Insane asylums Bombay 1873-77 - 1873-1877
Year: 1873
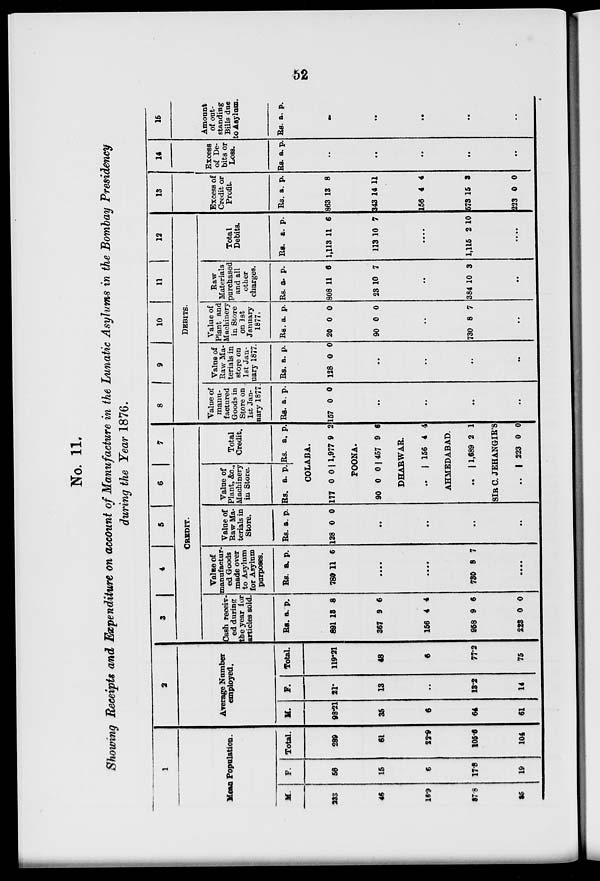
52
No. 11.
Showing Receipts and Expenditure on account of Manufacture in the Lunatic Asylums in the Bombay Presidency
during the Year 1876.
1
Mean Population.
M.
233
46
16.9
87.8
85
F.
56
15
6
17.8
19
Total.
289
61
22.9
105.6
104
2
Average Number
employed.
M.
98.21
35
6
64
61
F.
21
13
..
13.2
14
Total.
119.21
48
6
77.2
75
3
4
5
6
7
CREDIT.
Cash receiv-
ed during
the year for
articles sold.
Rs.
891
367
156
958
223
a.
13
9
4
9
0
p.
8
6
4
6
0
Value of
manufactur-
ed Goods
made over
to Asylum
for Asylum
purposes.
Rs.
780
a.
11
p.
6
....
....
730 8 7
....
Value of
Raw Ma-
terials in
Store.
Rs.
128
a.
0
p.
0
..
..
..
..
Value of
Plant, &c.,
Machinery
in Store.
Rs. a. p.
Total
Credit.
Rs. a. p.
COLABA.
177 0 0 1,977 9 2
POONA.
90 0 0 457 9 6
DHABWAR.
..
156 4 4
AHMEDABAD.
..
1,689 2 1
SIR C. JEHANGIR'S
..
223 0 0
8
9
10
11
12
DEBITS.
Value of
manu-
factured
Goods in
Store on
1st Jan-
uary 1877.
Rs.
157
a.
0
p.
0
..
..
..
..
Value of
Raw Ma-
terials in
store on
1st Jan-
uary 1877.
Rs.
128
a.
0
p.
0
..
..
..
..
Value of
Plant and
Machinery
in Store
on 1st
January
1877.
Rs.
20
90
a.
0
0
p.
0
0
..
730 8 7
..
Raw
Materials
purchased
and all
other
charges.
Rs.
808
23
a.
11
10
p.
6
7
..
384 10 3
..
Total
Debits.
Rs.
1,113
113
a.
11
10
p.
6
7
....
1,115 2 10
....
13
Excess of
Credit or
Profit.
Rs.
863
343
156
573
223
a.
13
14
4
15
0
p.
8
11
4
3
0
14
Excess
of De-
bits or
Loss.
Rs. a.
p.
..
..
..
..
..
15
Amount
of out-
standing
Bills due
to Asylum.
Rs. a. p.
..
..
..
..
..